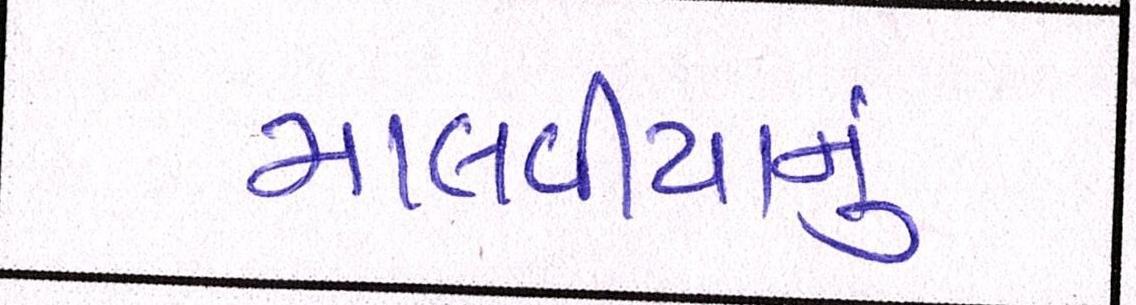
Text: માલવીયાનું